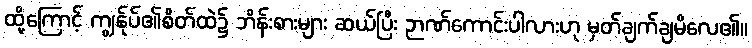
ထို့ကြောင့် ကျွန်ုပ်၏စိတ်ထဲ၌ ဘိန်းစားများ ဆယ်ပြီး ဉာဏ်ကောင်းပါလားဟု မှတ်ချက်ချမိလေ၏။